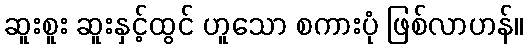
ဆူးစူး ဆူးနှင့်ထွင် ဟူသော စကားပုံ ဖြစ်လာဟန်။